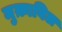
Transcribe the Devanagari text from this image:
मुक़ाबिल